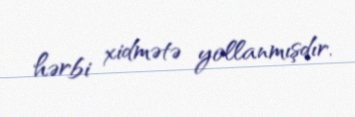
hərbi xidmətə yollanmışdır.